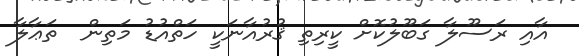
އާއި ރަސޫލާ ގަބޫލުކޮށް ކީރިތި ޤުރުއާނަކީ ހަތްއުޑު މަތިން  ތަޢާލާ